Lunatic asylums Bombay report 1891-1903 - 1891-1903
Year: 1891
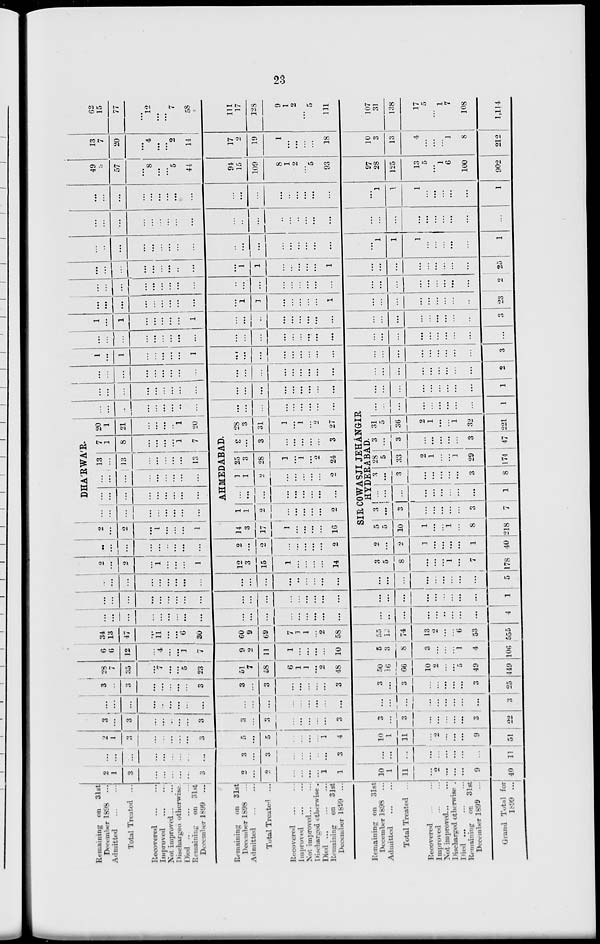
23
Remaining on
31st
December 1898 ...
Admitted ... ...
Total Treated
...
Recovered
...
...
Improved ... ...
Not improved ... ...
Discharged otherwise.
Died
...
...
...
Remaining on 31st
December 1899 ...
Remaining on 31st
December 1898 ...
Admitted
...
...
Total Treated
...
Recovered
...
...
Improved
...
...
Not improved ... ...
Discharged otherwise.
Died
...
...
...
Remaining on 31st
December 1899 ...
Remaining on 31st
December 1898 ...
Admitted
...
...
Total Treated
...
Recovered ... ...
Improved ... ...
Not improved
...
...
Discharged
otherwise.
Died
...
...
...
Remaining on 31st
December 1898 ...
Grand Total for
1899 ...
2
1
3
...
...
...
...
...
3
2
...
2
...
...
...
...
1
1
10
1
11
...
2
...
...
...
9
40
...
...
...
...
...
...
...
...
...
3
...
3
...
...
...
...
...
3
...
...
...
...
...
...
...
...
...
11
2
1
3
...
...
...
...
...
3
5
...
5
...
...
...
...
1
4
10
1
11
...
2
...
...
...
9
51
3
...
3
...
...
...
...
...
3
3
...
3
...
...
...
...
...
3
3
...
3
...
...
...
...
...
3
22
...
...
...
...
...
...
...
...
...
...
...
...
...
...
...
...
...
...
...
...
...
...
...
...
...
...
...
3
3
...
3
...
...
...
...
...
3
3
...
3
...
...
...
...
...
3
3
...
3
...
...
...
...
...
3
25
28
7
35
...
7
...
...
5
23
51
7
58
6
1
1
...
2
48
50
16
66
10
2
...
...
5
49
449
6
6
12
...
4
...
...
1
7
9
2
11
1
...
...
...
...
10
5
3
8
3
...
...
...
1
4
106
34
13
47
...
11
...
...
6
30
60
9
69
7
1
1
...
2
58
55
19
74
13
2
...
...
6
53
555
...
...
...
...
...
...
...
...
...
...
...
...
...
...
...
...
...
...
...
...
...
...
...
...
...
...
...
4
...
...
...
...
...
...
...
...
...
...
...
...
...
...
...
...
...
...
...
...
...
...
...
...
...
...
...
1
...
...
...
...
...
...
...
...
...
...
...
...
...
...
...
...
...
...
...
...
...
...
...
...
...
...
...
5
2
...
2
...
1
...
...
...
1
12
3
15
1
...
...
...
...
14
3
5
8
...
...
...
1
...
7
178
...
...
...
...
...
...
...
...
...
2
...
2
...
...
...
...
...
2
2
...
2
1
...
...
...
...
1
40
2
...
2
...
1
...
...
...
1
14
3
17
1
...
...
...
...
16
...
...
...
...
...
...
...
...
...
1
1
2
...
...
...
...
...
2
DHA'RWA'R.
...
...
...
...
...
...
...
...
...
...
...
...
...
...
...
...
...
...
13
...
13
...
...
...
...
...
13
7
1
8
...
...
...
...
1
7
AHMEDABAD.
...
...
...
...
...
...
...
...
...
1
1
2
...
...
...
...
...
2
25
3
28
1
...
1
...
2
24
3
...
3
...
...
...
...
...
3
20
1
21
...
...
...
...
1
20
28
3
31
1
...
1
...
2
27
...
...
...
...
...
...
...
...
...
...
...
...
...
...
...
...
...
...
SIR COWASJI JEHÁNGIR
HYDERABAD
5
5
10
1
...
...
1
...
8
218
3
...
3
...
...
...
...
...
3
7
...
...
...
...
...
...
...
...
...
1
3
...
3
...
...
...
...
...
3
8
28
5
33
2
1
...
...
1
29
174
3
...
3
...
...
...
...
...
3
47
31
5
36
2
1
...
...
1
32
221
...
...
...
...
...
...
...
...
...
1
...
...
...
...
...
...
...
...
...
...
...
...
...
...
...
...
...
...
...
...
...
...
...
...
...
...
...
1
...
...
...
...
...
...
...
...
...
...
...
...
...
...
...
...
...
...
...
...
...
...
...
...
...
...
...
2
1
...
1
...
...
...
...
...
1
...
...
...
...
...
...
...
...
...
...
...
...
...
...
...
...
...
...
3
...
...
...
...
...
...
...
...
...
...
...
...
...
...
...
...
...
...
...
...
...
...
...
...
...
...
...
...
1
...
1
...
...
...
...
...
1
...
...
...
...
...
...
...
...
...
...
...
...
...
...
...
...
...
...
3
...
...
...
...
...
...
...
...
...
...
1
1
...
...
...
...
...
1
...
...
...
...
...
...
...
...
...
23
...
...
...
...
...
...
...
...
...
...
...
...
...
...
...
...
...
...
...
...
...
...
...
...
...
...
...
2
...
...
...
...
...
...
...
...
...
...
1
1
...
...
...
...
...
1
...
...
...
...
...
...
...
...
...
25
...
...
...
...
...
...
...
...
...
...
...
...
...
...
...
...
...
...
...
1
1
1
...
...
...
...
...
1
...
...
...
...
...
...
...
...
...
...
...
...
...
...
...
...
...
...
...
...
...
...
...
...
...
...
...
...
...
...
...
...
...
...
...
...
...
...
...
...
...
...
...
...
...
...
...
1
1
1
...
...
...
...
...
1
49
8
57
...
8
...
...
5
44
94
15
109
8
1
2
...
5
93
97
28
125
13
5
...
1
6
100
902
13
7
20
...
4
...
...
2
14
17
2
19
1
...
...
...
...
18
10
3
13
4
...
...
...
1
8
212
62
15
77
...
12
...
...
7
58
111
17
128
9
1
2
...
5
111
107
31
138
17
5
...
1
7
108
1,114